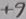
Text: +9